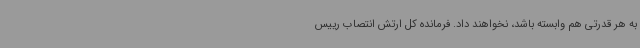
به هر قدرتی هم وابسته باشد، نخواهند داد. فرمانده کل ارتش انتصاب رییس